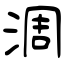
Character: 淍